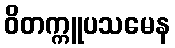
ဝိတက္ကူပသမေန